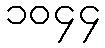
၁၀၄၄